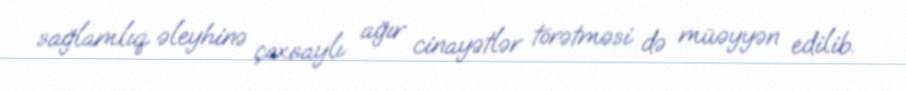
sağlamlıq əleyhinə çoxsaylı ağır cinayətlər törətməsi də müəyyən edilib.